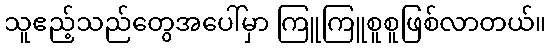
သူဧည့်သည်တွေအပေါ်မှာ ကြူကြူစူစူဖြစ်လာတယ်။